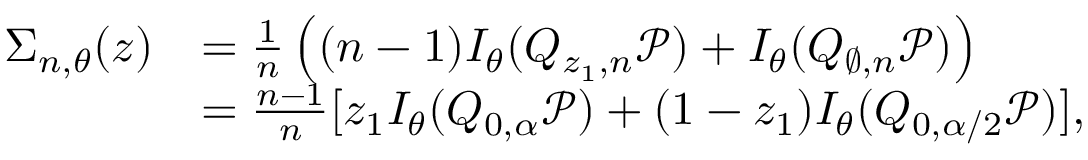
\begin{array} { r l } { \Sigma _ { n , \theta } ( z ) } & { = \frac { 1 } { n } \left( ( n - 1 ) I _ { \theta } ( Q _ { z _ { 1 } , n } { \mathcal P } ) + I _ { \theta } ( Q _ { \varnothing , n } { \mathcal P } ) \right) } \\ & { = \frac { n - 1 } { n } [ z _ { 1 } I _ { \theta } ( Q _ { 0 , \alpha } { \mathcal P } ) + ( 1 - z _ { 1 } ) I _ { \theta } ( Q _ { 0 , \alpha / 2 } { \mathcal P } ) ] , } \end{array}